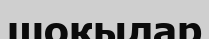
шоқылар